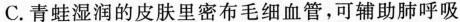
C.青蛙湿润的皮肤里密布毛细血管，可辅助肺呼吸